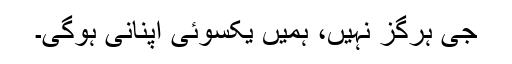
جی ہرگز نہیں، ہمیں یکسوئی اپنانی ہوگی۔